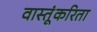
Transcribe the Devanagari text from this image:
वास्तूंकरिता